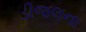
ડીજલના